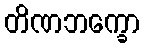
တိဏဘက္ခော